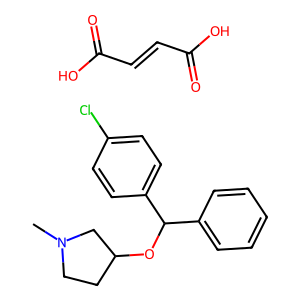
SMILES: CN1CCC(OC(c2ccccc2)c2ccc(Cl)cc2)C1.O=C(O)C=CC(=O)O
Inhibits HIV replication: No